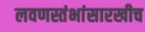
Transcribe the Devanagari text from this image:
लवणस्तंभांसारखीच